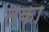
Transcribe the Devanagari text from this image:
तका